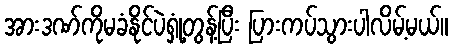
အားဒဏ်ကိုမခံနိုင်ပဲရှုံ့တွန့်ပြီး ပြားကပ်သွားပါလိမ့်မယ်။